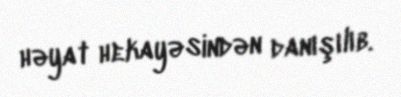
həyat hekayəsindən danışılıb.